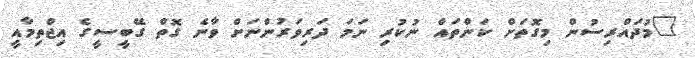
"މުދައްރިސުން މިގޮތަށް ކަންތައް ނުކުރި ނަމަ ދަރިވަރުންނަށް ވާނެ ގޮތް ގޭބީސީގެ އިޖްތިމާއީ